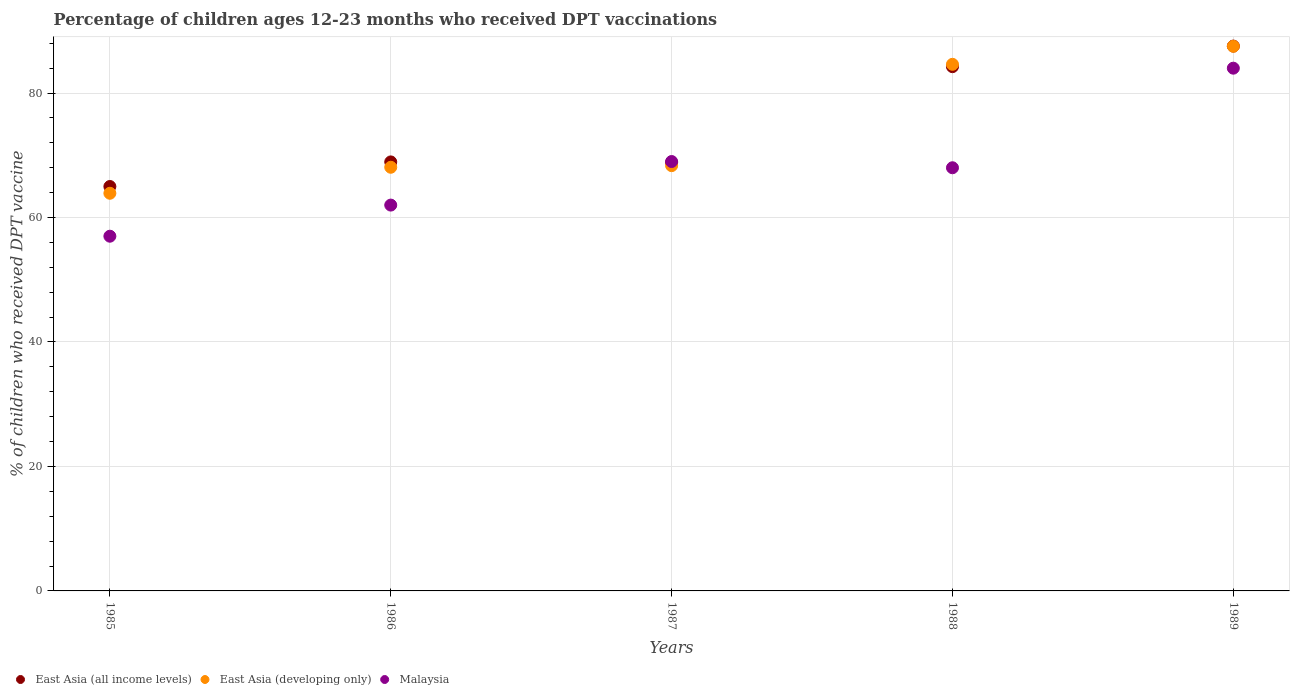
| Years | East Asia (all income levels) | East Asia (developing only) | Malaysia |
 | --- | --- | --- | --- |
 | 1985 | 65 | 63.9 | 57 |
 | 1986 | 68.9 | 68.1 | 62 |
 | 1987 | 68.8 | 68.3 | 69 |
 | 1988 | 84.2 | 84.6 | 68 |
 | 1989 | 87.6 | 87.5 | 84 |